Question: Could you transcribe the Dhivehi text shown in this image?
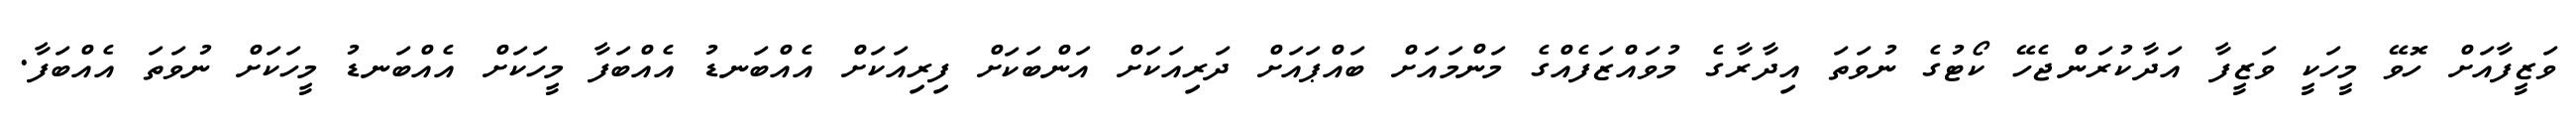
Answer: ވަޒީފާއަށް ހޮވޭ މީހަކީ ވަޒީފާ އަދާކުރަންޖެހޭ ކޯޓުގެ ނުވަތަ އިދާރާގެ މުވައްޒަފެއްގެ މަންމައަށް ބައްޕައަށް ދަރިއަކަށް އަންބަކަށް ފިރިއަކަށް އެއްބަނޑު އެއްބަފާ މީހަކަށް އެއްބަނޑު މީހަކަށް ނުވަތަ އެއްބަފާ.